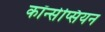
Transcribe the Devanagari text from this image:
कॉन्सेप्सियन